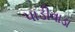
પાડીવાડા